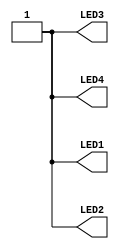
//------------------------------------------------------------------
//-- Hello world example for the nandland go-board
//-- Turn on all the leds
//------------------------------------------------------------------

module leds(output wire LED1,
            output wire LED2,
            output wire LED3,
            output wire LED4);

assign LED1 = 1'b1;
assign LED2 = 1'b1;
assign LED3 = 1'b1;
assign LED4 = 1'b1;

endmodule